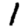
Digit: 1